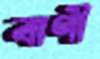
বাণী